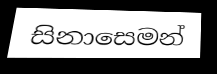
සිනාසෙමන්